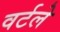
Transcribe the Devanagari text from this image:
वर्टले